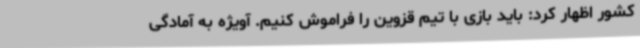
کشور اظهار کرد: باید بازی با تیم قزوین را فراموش کنیم. آویژه به آمادگی